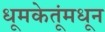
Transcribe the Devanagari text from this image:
धूमकेतूंमधून